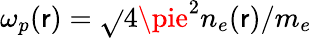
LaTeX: \omega_{p}(\mathsf{r})=\sqrt{}{{4\pie^{2}n_{e}(\mathsf{r})/m_{e}}}